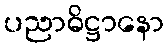
ပညာဓိဋ္ဌာနော